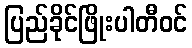
ပြည်ခိုင်ဖြိုးပါတီဝင်